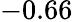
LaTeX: -0.66